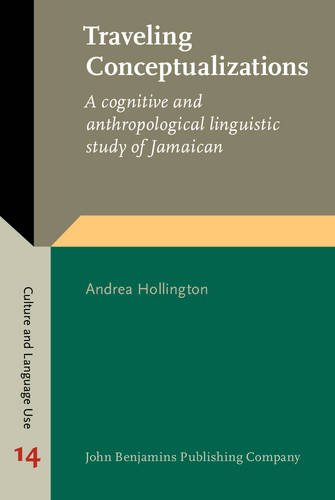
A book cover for Traveling Conceptualizations: A cognitive and anthropological linguistic study of Jamaican (Culture and Language Use); Andrea Hollington; Travel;